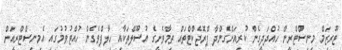
ޓޫރިޒަމް މިނިސްޓްރީން ހުއްދަދީގެން ކުރިއަށްގެންދާ ޕްރޮޖެކްޓްތައް ތިމާވެށީގެ އުސޫލްތަކާއި ހިލާފްވެގެން ހުއްޓުވުމުގައި އެމިނިސްޓްރީއަށް